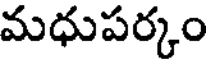
మధుపర్కం